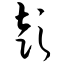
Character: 彭